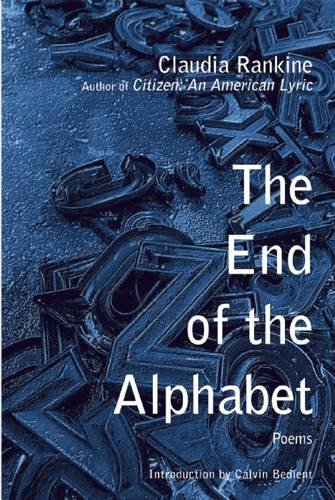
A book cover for The End of the Alphabet; Claudia Rankine; Literature & Fiction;